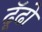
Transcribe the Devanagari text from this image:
ढूॅढो